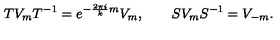
T V _ { m } T ^ { - 1 } = e ^ { - \frac { 2 \pi i } { k } m } V _ { m } , \qquad S V _ { m } S ^ { - 1 } = V _ { - m } .